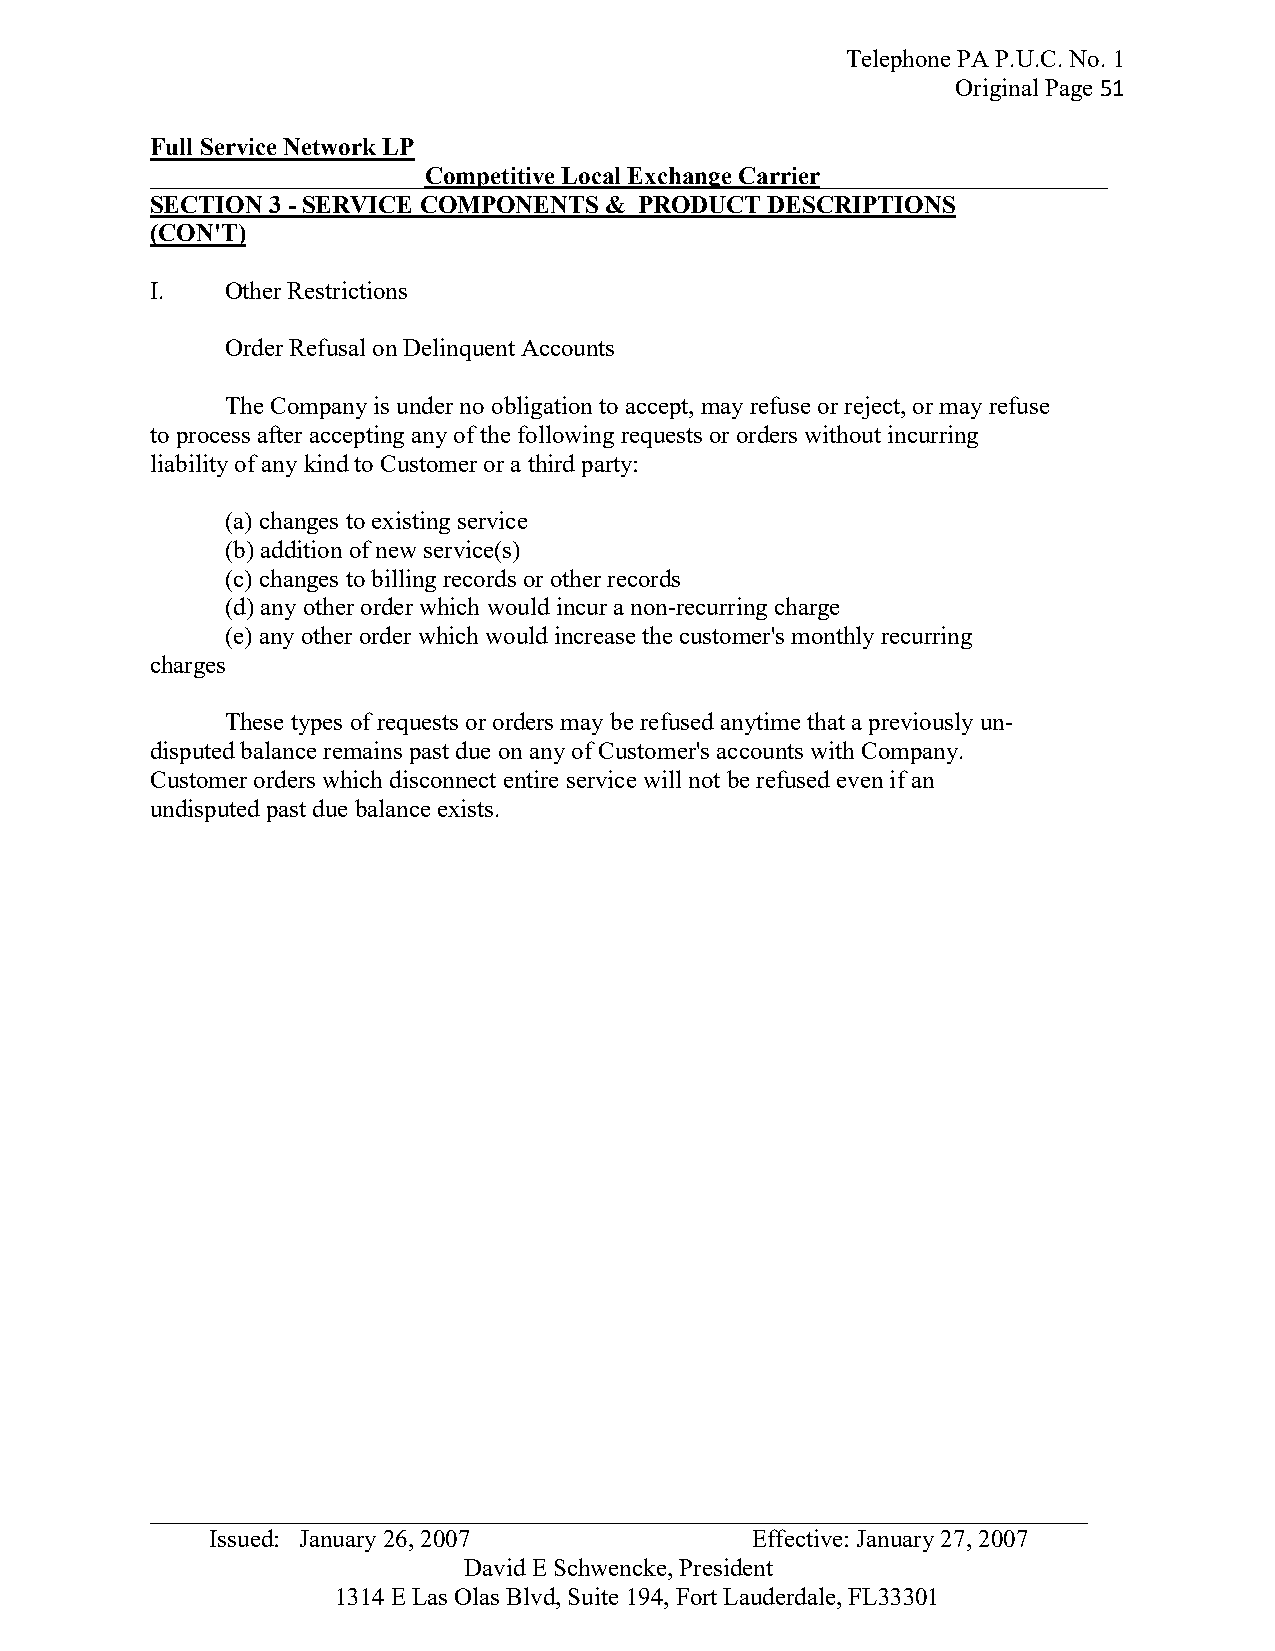
Telephone PA P.U.C. No. 1
 Original Page 51
 Full Service Network LP
 ______________________Competitive Local Exchange Carrier_______________________
 SECTION 3 - SERVICE COMPONENTS & PRODUCT DESCRIPTIONS
 (CON'T)
 I.   Other Restrictions
 Order Refusal on Delinquent Accounts
 The Company is under no obligation to accept, may refuse or reject, or may refuse
 to process after accepting any of the following requests or orders without incurring
 liability of any kind to Customer or a third party:
 (a) changes to existing service
 (b) addition of new service(s)
 (c) changes to billing records or other records
 (d) any other order which would incur a non-recurring charge
 (e) any other order which would increase the customer's monthly recurring
 charges
 These types of requests or orders may be refused anytime that a previously un-
 disputed balance remains past due on any of Customer's accounts with Company.
 Customer orders which disconnect entire service will not be refused even if an
 undisputed past due balance exists.
 _ __________________________________________________________________________
 Issued: January 26, 2007            Effective: January 27, 2007
 David E Schwencke, President
 1314 E Las Olas Blvd, Suite 194, Fort Lauderdale, FL33301